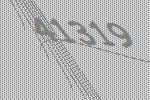
41319